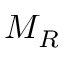
M _ { R }